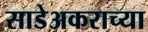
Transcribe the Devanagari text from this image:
साडेअकराच्या